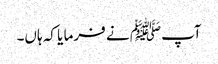
آپﷺ نے فرما یا کہ ہاں۔